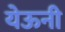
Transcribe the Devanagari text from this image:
येऊनी